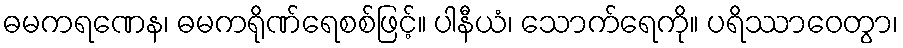
ဓမကရဏေန၊ ဓမကရိုဏ်ရေစစ်ဖြင့်။ ပါနီယံ၊ သောက်ရေကို။ ပရိဿာဝေတွာ၊